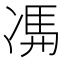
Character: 𠗦